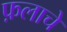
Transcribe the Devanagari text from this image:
फ़लाचे